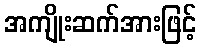
အကျိုးဆက်အားဖြင့်